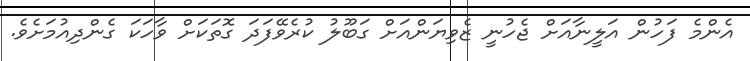
އެންމެ ފަހުން އަލީނާއަށް ޖެހުނީ ޒެވިޔަންއަށް ގަބޫލު ކުރެވޭފަދަ ގޮތަކަށް ވާހަކަ ގެންދިއުމަށެވެ.